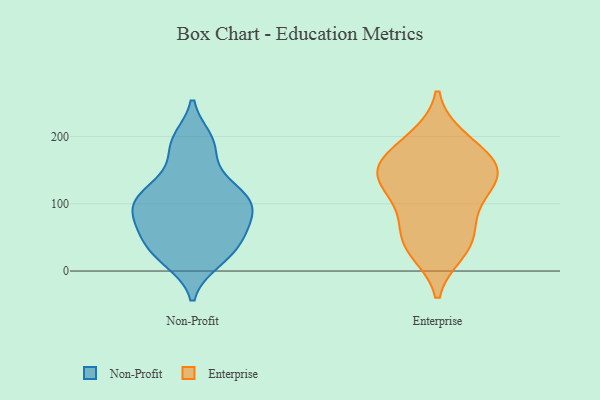
{"axis": {"x": "Population (Million)", "y": "Value"}, "legend": ["Enterprise", "Non-Profit"], "data": [{"x": "", "y": 87, "type": "Non-Profit"}, {"x": "", "y": 195, "type": "Non-Profit"}, {"x": "", "y": 110, "type": "Non-Profit"}, {"x": "", "y": 35, "type": "Non-Profit"}, {"x": "", "y": 95, "type": "Non-Profit"}, {"x": "", "y": 128, "type": "Non-Profit"}, {"x": "", "y": 144, "type": "Non-Profit"}, {"x": "", "y": 113, "type": "Non-Profit"}, {"x": "", "y": 15, "type": "Non-Profit"}, {"x": "", "y": 95, "type": "Non-Profit"}, {"x": "", "y": 63, "type": "Non-Profit"}, {"x": "", "y": 186, "type": "Non-Profit"}, {"x": "", "y": 17, "type": "Non-Profit"}, {"x": "", "y": 102, "type": "Non-Profit"}, {"x": "", "y": 101, "type": "Non-Profit"}, {"x": "", "y": 64, "type": "Non-Profit"}, {"x": "", "y": 55, "type": "Non-Profit"}, {"x": "", "y": 28, "type": "Non-Profit"}, {"x": "", "y": 190, "type": "Non-Profit"}, {"x": "", "y": 50, "type": "Non-Profit"}, {"x": "", "y": 66, "type": "Enterprise"}, {"x": "", "y": 158, "type": "Enterprise"}, {"x": "", "y": 146, "type": "Enterprise"}, {"x": "", "y": 43, "type": "Enterprise"}, {"x": "", "y": 96, "type": "Enterprise"}, {"x": "", "y": 139, "type": "Enterprise"}, {"x": "", "y": 141, "type": "Enterprise"}, {"x": "", "y": 38, "type": "Enterprise"}, {"x": "", "y": 105, "type": "Enterprise"}, {"x": "", "y": 30, "type": "Enterprise"}, {"x": "", "y": 197, "type": "Enterprise"}, {"x": "", "y": 191, "type": "Enterprise"}, {"x": "", "y": 143, "type": "Enterprise"}, {"x": "", "y": 161, "type": "Enterprise"}]}